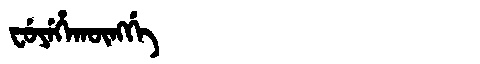
Manchu: ᠸᡠᠶᡝᡥᠠᡴᡡᠩᡤᡝ
Romanization: FUYEHAKŪNGGE